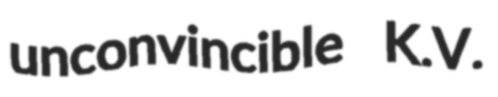
unconvincible K.V.